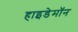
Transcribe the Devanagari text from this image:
हाइडेमॉन